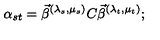
\alpha _ { s t } = \vec { \beta } ^ { ( \lambda _ { s } , \mu _ { s } ) } C \vec { \beta } ^ { ( \lambda _ { t } , \mu _ { t } ) } ;